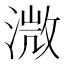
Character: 溦